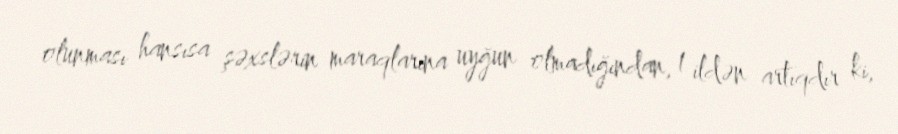
olunması hansısa şəxslərin maraqlarına uyğun olmadığından, 1 ildən artıqdır ki,